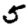
Digit: 5